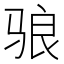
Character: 𬴀